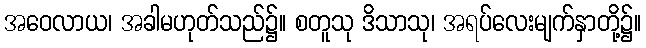
အဝေလာယ၊ အခါမဟုတ်သည်၌။ စတူသု ဒိသာသု၊ အရပ်လေးမျက်နှာတို့၌။